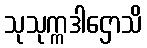
သုသုက္ကဒါဌောသိ